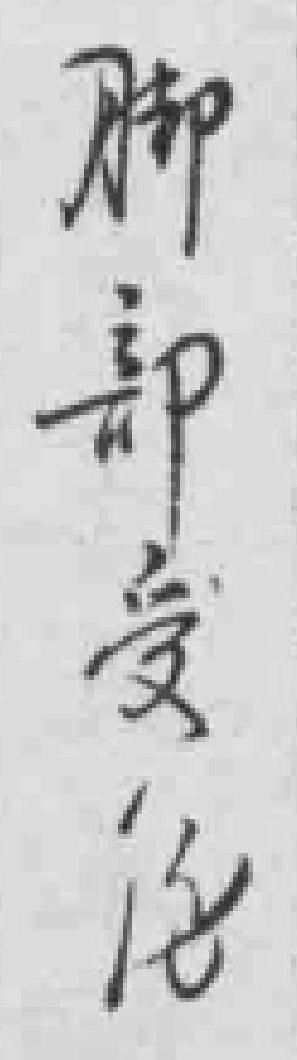
脚部受傷